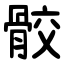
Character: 骹